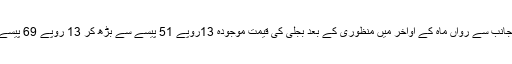
نیشنل الیکٹرک پاور ریگولیٹری اتھارٹی (نیپرا) کی جانب سے رواں ماہ کے اواخر میں منظوری کے بعد بجلی کی قیمت موجودہ 13روپے 51 پیسے سے بڑھ کر 13 روپے 69 پیسے ہوجائے گی جس میں جنرل سیلز ٹیکس شامل نہیں۔